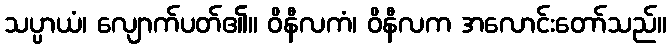
သပ္ပာယံ၊ လျောက်ပတ်၏။ ဝိနီလကံ၊ ဝိနီလက အလောင်းတော်သည်။